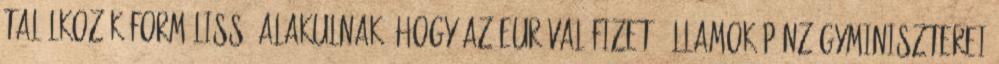
találkozók formálissá alakulnak, hogy az euróval fizető államok pénzügyminiszterei